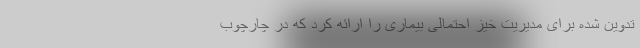
تدوین شده برای مدیریت خیز احتمالی بیماری را ارائه کرد که در چارچوب